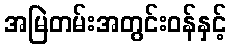
အမြဲတမ်းအတွင်းဝန်နှင့်